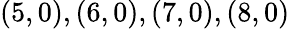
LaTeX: (5,0),(6,0),(7,0),(8,0)